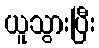
ယူသွားပြီး